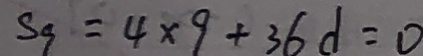
S _ { 9 } = 4 \times 9 + 3 6 d = 0